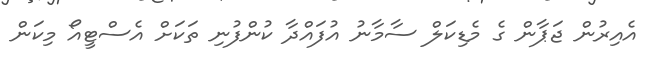
އެއިރުން ޖަޕާން ގެ މެޑިކަލް ސާމާނު އުފައްދާ ކުންފުނި ތަކަށް އެސްޓީއޯ މިކަން